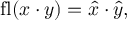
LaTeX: \operatorname { f l } ( x \cdot y ) = { \hat { x } } \cdot { \hat { y } } ,